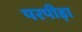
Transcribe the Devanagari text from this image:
परपीड़ा